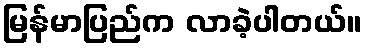
မြန်မာပြည်က လာခဲ့ပါတယ်။